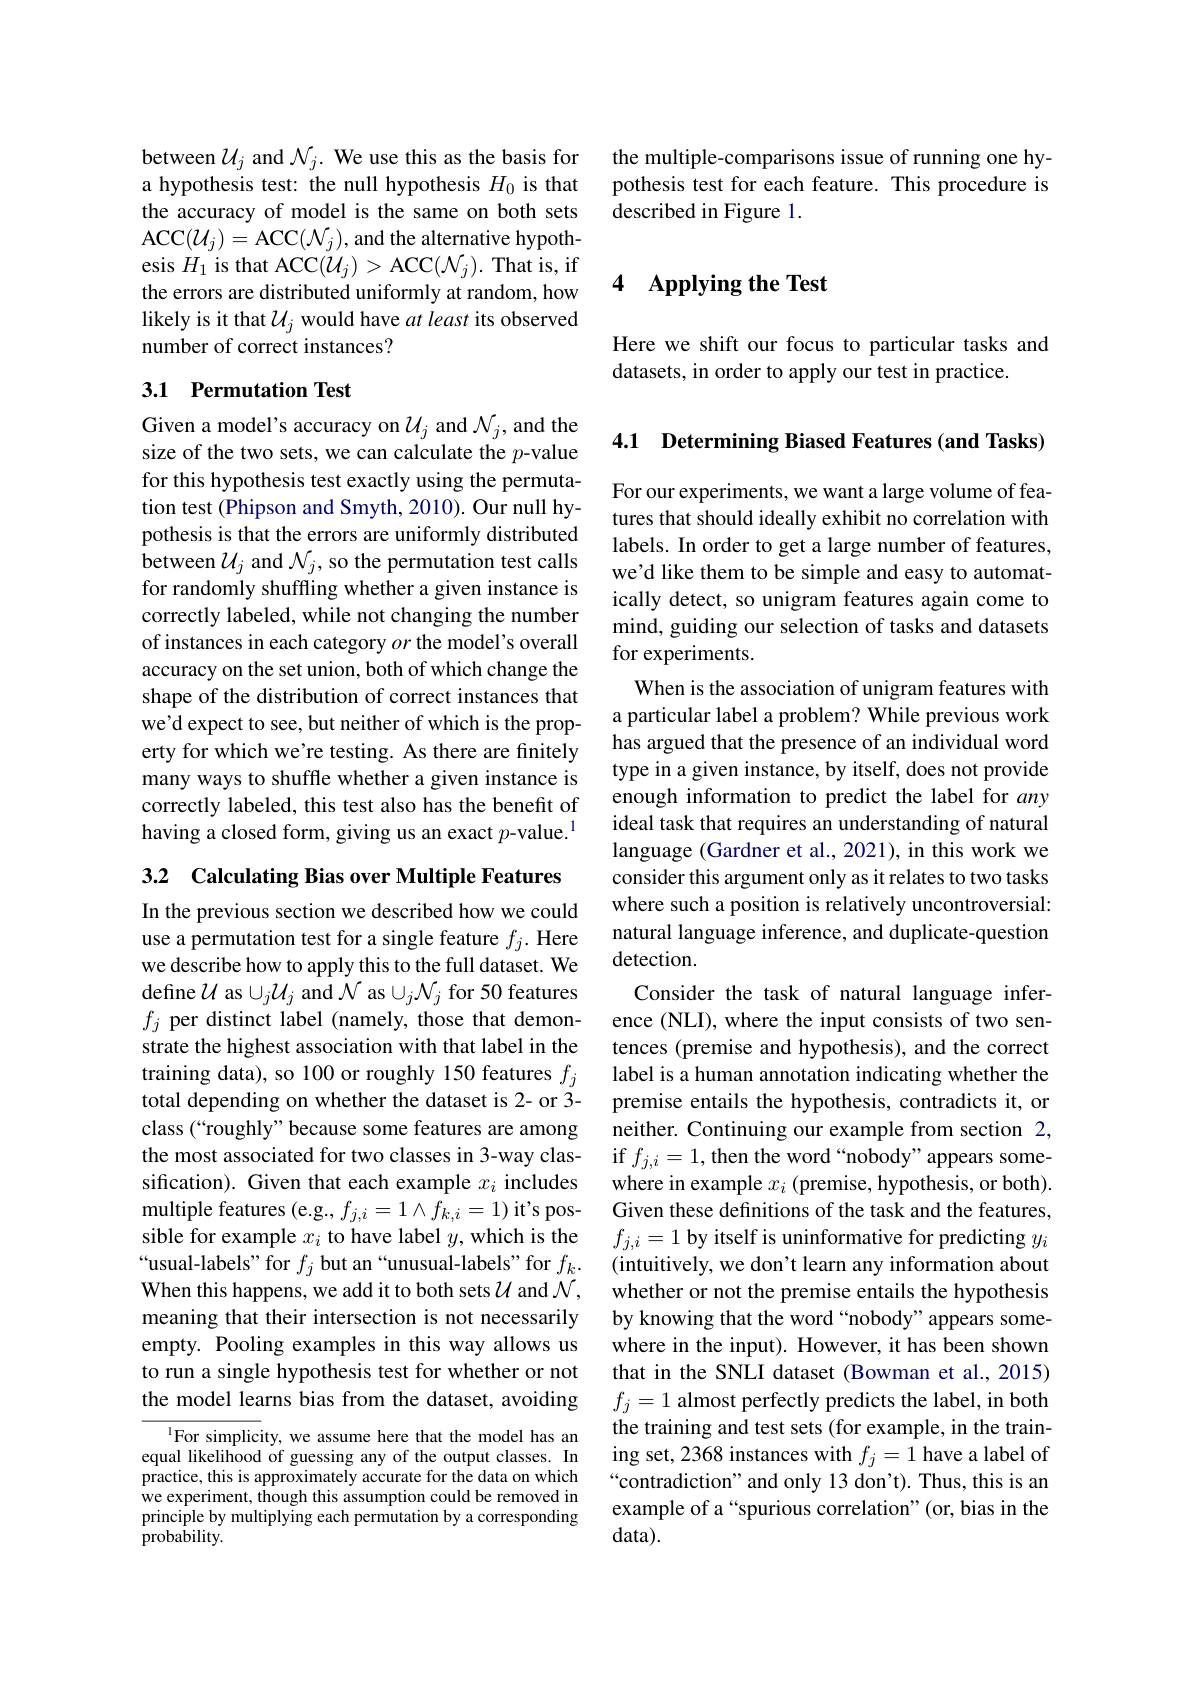
between $\mathcal{U}_j$ and $\mathcal{N}_j.$ We use this as the basis for a hypothesis test: the null hypothesis $H_0$ is that the accuracy of model is the same on both sets ACC$(\mathcal{U}_j)=$ACC$(\mathcal{N}_j)$,and the alternative hypothesis $H_{1}$ is that ACC$(\mathcal{U}_j)>$ACC$(\mathcal{N}_j).$ That is, if the errors are distributed uniformly at random, how likely is it that $\mathcal{U}_j$ would have $at\textit{least its observed}$ number of correct instances?

## 3.1 Permutation Test

Given a model's accuracy on $\mathcal{U}_j$ and $\mathcal{N}_j$, and the size of the two sets, we can calculate the $p$-value for this hypothesis test exactly using the permutation test (Phipson and Smyth, 2010). Our null hypothesis is that the errors are uniformly distributed between $\mathcal{U}_j$ and $\mathcal{N}_j$, so the permutation test calls for randomly shuffling whether a given instance is correctly labeled, while not changing the number of instances in each category $or$ the model's overall accuracy on the set union, both of which change the shape of the distribution of correct instances that we'd expect to see, but neither of which is the property for which we're testing. As there are finitely many ways to shuffle whether a given instance is correctly labeled, this test also has the benefit of having a closed form, giving us an exact $p$-value.$^{1}$

3.2 Calculating Bias over Multiple Features

In the previous section we described how we could use a permutation test for a single feature $f_j.$ Here we describe how to apply this to the full dataset. We define $\mathcal{U}$ as $\cup_j\mathcal{U}_j$ and $\mathcal{N}$ as $\cup_j\mathcal{N}_j$ for 50 features $f_j$ per distinct label (namely, those that demonstrate the highest association with that label in the training data), so 100 or roughly 150 features $f_j$ total depending on whether the dataset is 2- or 3- class (“roughly” because some features are among the most associated for two classes in 3-way classification). Given that each example $x_i$ includes multiple features (e.g., $f_{j,i}=1\wedge f_{k,i}=1)$ it's possible for example $x_i$ to have label $y$, which is the “usual-labels”for $f_j$ but an“unusual-labels" for $f_k.$ When this happens, we add it to both sets $\mathcal{U}$ and $\mathcal{N}$, meaning that their intersection is not necessarily empty. Pooling examples in this way allows us to run a single hypothesis test for whether or not the model learns bias from the dataset, avoiding

$^{1}$For simplicity, we assume here that the model has an equal likelihood of guessing any of the output classes. In practice, this is approximately accurate for the data on which we experiment, though this assumption could be removed in principle by multiplying each permutation by a corresponding probability.

the multiple-comparisons issue of running one hypothesis test for each feature. This procedure is described in Figure 1.

## 4 Applying the Test

Here we shift our focus to particular tasks and
datasets, in order to apply our test in practice.

4.1 Determining Biased Features (and Tasks)

For our experiments, we want a large volume of features that should ideally exhibit no correlation with labels. In order to get a large number of features, we'd like them to be simple and easy to automatically detect, so unigram features again come to mind, guiding our selection of tasks and datasets for experiments.
When is the association of unigram features with a particular label a problem? While previous work has argued that the presence of an individual word type in a given instance, by itself, does not provide enough information to predict the label for any ideal task that requires an understanding of natural language (Gardner et al., 2021), in this work we consider this argument only as it relates to two tasks where such a position is relatively uncontroversial: natural language inference, and duplicate-question detection.
Consider the task of natural language inference (NLI), where the input consists of two sentences (premise and hypothesis), and the correct label is a human annotation indicating whether the premise entails the hypothesis, contradicts it, or neither. Continuing our example from section 2, if $f_{j,i}=1$,then the word“nobody”appears somewhere in example $x_i$ (premise, hypothesis, or both). Given these definitions of the task and the features, $f_{j,i}=1$ by itself is uninformative for predicting $y_i$ (intuitively, we don't learn any information about whether or not the premise entails the hypothesis by knowing that the word “nobody” appears somewhere in the input). However, it has been shown that in the SNLI dataset (Bowman et al., 2015) $f_j=1$ almost perfectly predicts the label, in both the training and test sets (for example, in the training set, 2368 instances with $f_j=1$ have a label of “contradiction”and only 13 don't). Thus, this is an example of a “spurious correlation”(or, bias in the data).